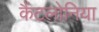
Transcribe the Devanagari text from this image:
कैंटलोनिया